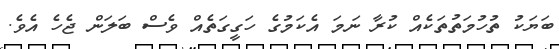
ބަޔަކު ތުހުމަތުތަކެއް ކުރާ ނަމަ އެކަމުގެ ހަގީގަތެއް ވެސް ބަލަން ޖެހެ އެވެ.